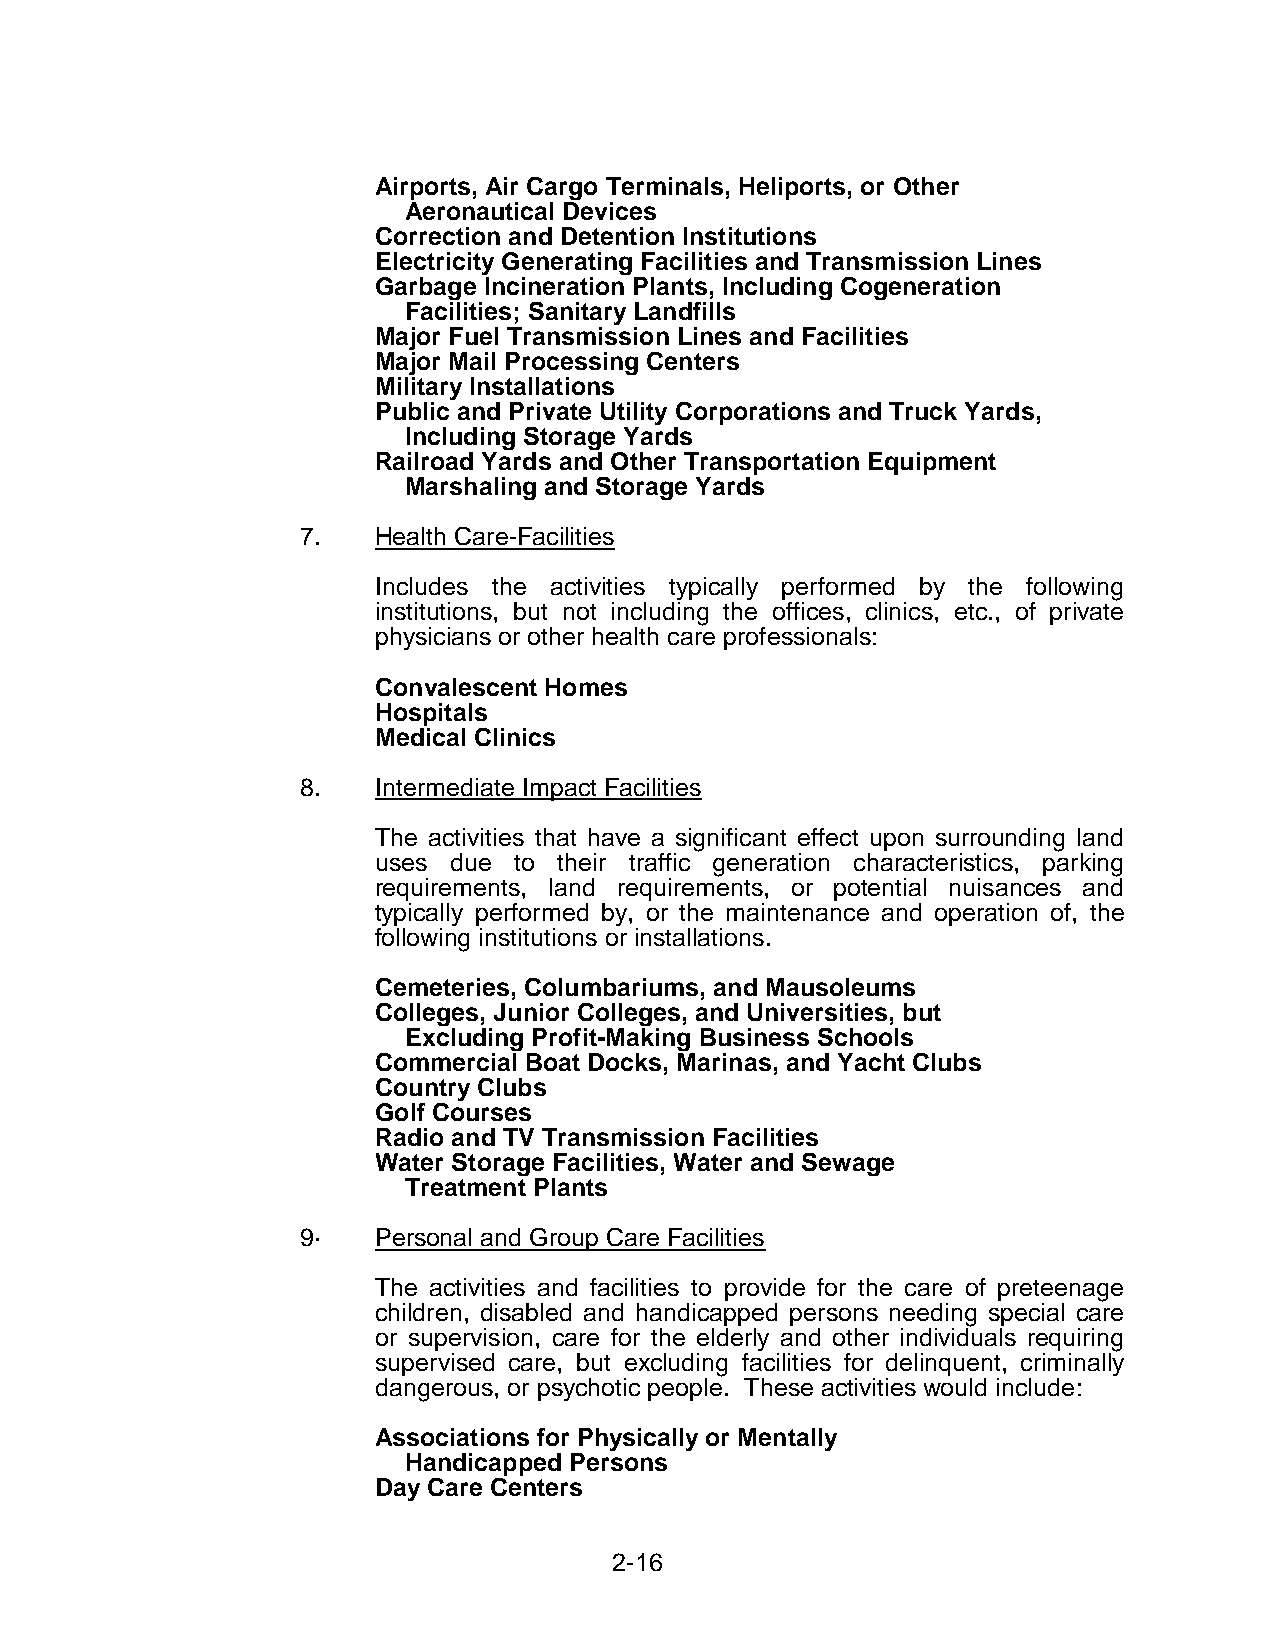
Airports, Air Cargo Terminals, Heliports, or Other
 Aeronautical Devices
 Correction and Detention Institutions
 Electricity Generating Facilities and Transmission Lines
 Garbage Incineration Plants, Including Cogeneration
 Facilities; Sanitary Landfills
 Major Fuel Transmission Lines and Facilities
 Major Mail Processing Centers
 Military Installations
 Public and Private Utility Corporations and Truck Yards,
 Including Storage Yards
 Railroad Yards and Other Transportation Equipment
 Marshaling and Storage Yards
 7.   Health Care-Facilities
 Includes the activities typically performed by the following
 institutions, but not including the offices, clinics, etc., of private
 physicians or other health care professionals:
 Convalescent Homes
 Hospitals
 Medical Clinics
 8.   Intermediate Impact Facilities
 The activities that have a significant effect upon surrounding land
 uses due to their traffic generation characteristics, parking
 requirements, land requirements, or potential nuisances and
 typically performed by, or the maintenance and operation of, the
 following institutions or installations.
 Cemeteries, Columbariums, and Mausoleums
 Colleges, Junior Colleges, and Universities, but
 Excluding Profit-Making Business Schools
 Commercial Boat Docks, Marinas, and Yacht Clubs
 Country Clubs
 Golf Courses
 Radio and TV Transmission Facilities
 Water Storage Facilities, Water and Sewage
 Treatment Plants
 9·   Personal and Group Care Facilities
 The activities and facilities to provide for the care of preteenage
 children, disabled and handicapped persons needing special care
 or supervision, care for the elderly and other individuals requiring
 supervised care, but excluding facilities for delinquent, criminally
 dangerous, or psychotic people. These activities would include:
 Associations for Physically or Mentally
 Handicapped Persons
 Day Care Centers
 2-16